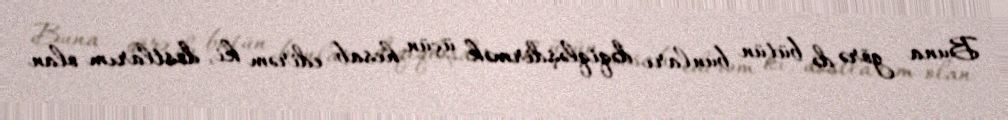
Buna görə də bütün bunları dəqiqləşdirmək üçün hesab edirəm ki, dostlarım olan